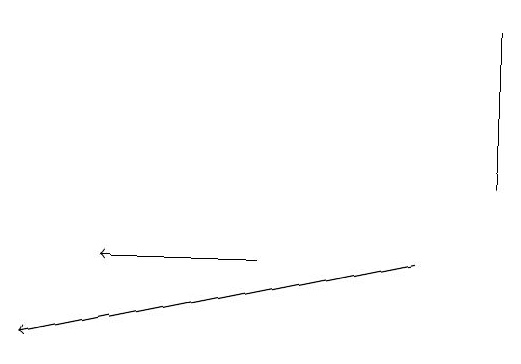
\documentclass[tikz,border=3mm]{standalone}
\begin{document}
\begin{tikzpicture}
\draw[->] (7,14) -- (2,13);
\draw[->] (5,14) -- (3,14);
\draw (8,17) rectangle (8,15);
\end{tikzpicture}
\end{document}